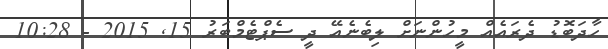
ހާދަބޮޑު ދެރައެއް މީހުންނަށް ލިބެނެއޭ ދީ ސެޕްޓެމްބަރު 15